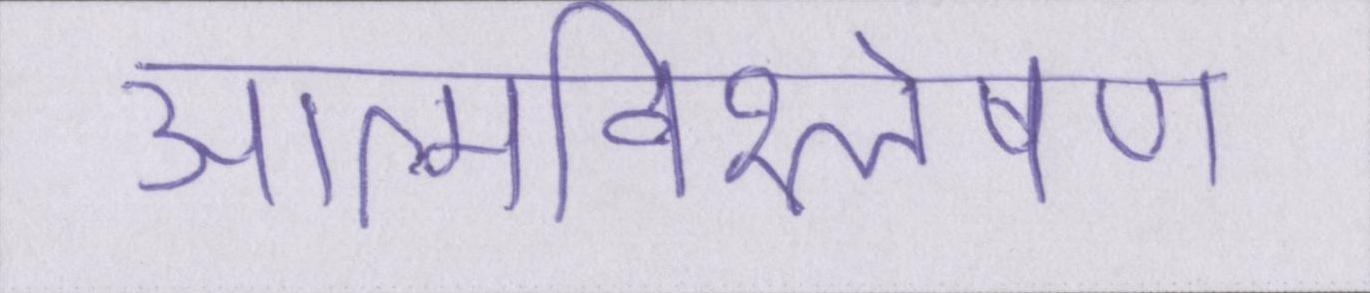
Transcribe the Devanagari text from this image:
आत्मविश्लेषण